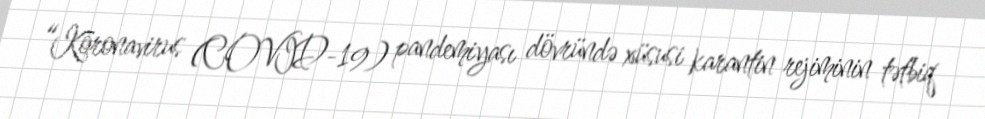
“Koronavirus (COVID-19) pandemiyası dövründə xüsusi karantin rejiminin tətbiq